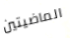
الماضيتين